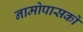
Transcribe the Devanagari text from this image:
नामोपासकों